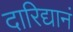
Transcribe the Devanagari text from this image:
दारिद्यानं